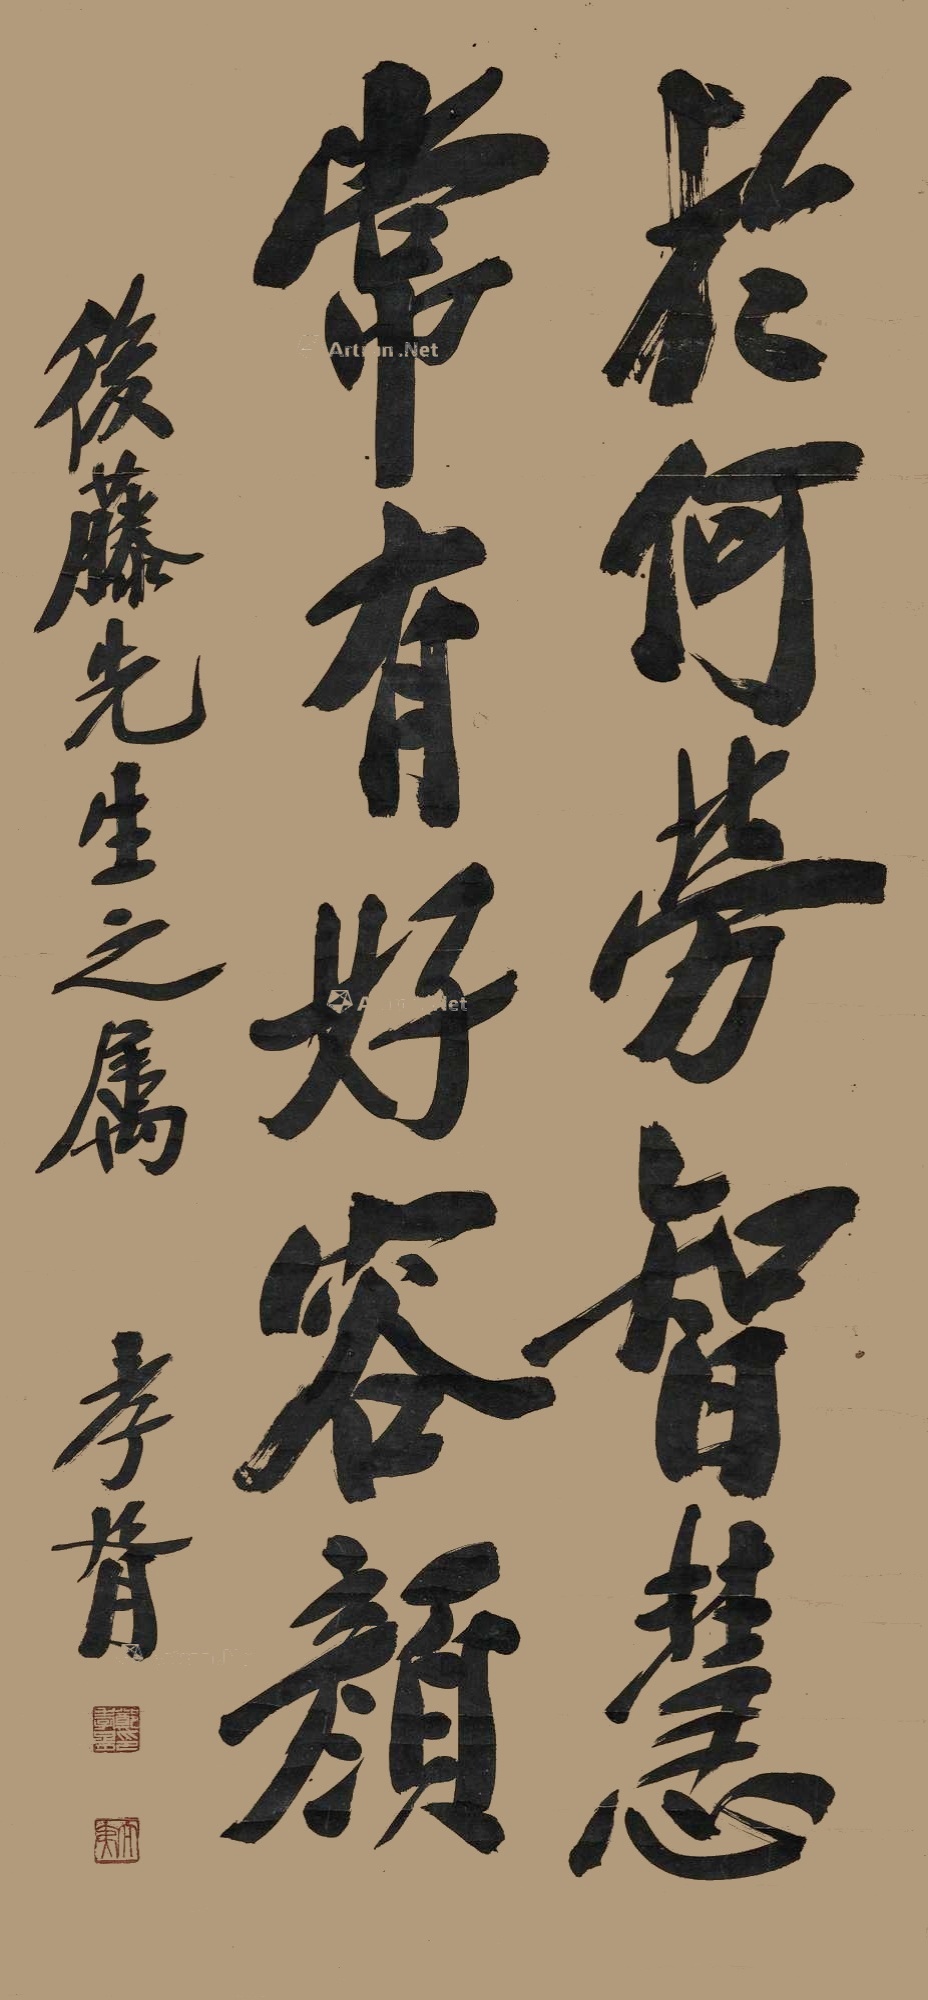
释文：于何劳智慧，常有好容颜。后藤先生之属。孝胥。